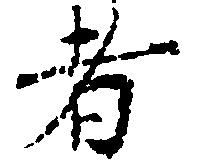
者